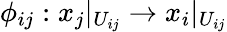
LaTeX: \phi_{ij}:x_{j}|_{U_{ij}}\rightarrow x_{i}|_{U_{ij}}